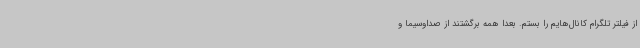
از فیلتر تلگرام کانال‌هایم را بستم. بعدا همه برگشتند از صداوسیما و